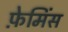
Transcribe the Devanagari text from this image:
फ़ेमिंस